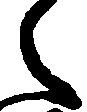
之